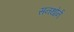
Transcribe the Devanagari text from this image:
सनथोर्न